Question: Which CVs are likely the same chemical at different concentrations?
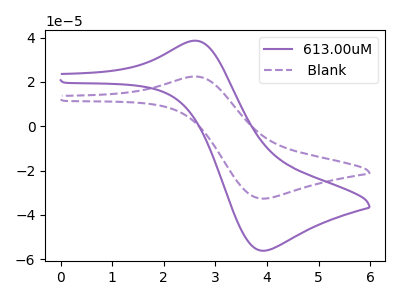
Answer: <think>The purple curve "613.00uM" has an anodic peak at (2.60V, 38.60uA) and a cathodic peak at (3.90V, -56.15uA). The purple dashed curve " Blank" has an anodic peak at (2.60V, 22.45uA) and a cathodic peak at (3.90V, -32.65uA).
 All the peaks in "613.00uM" have a peak in " Blank" at the same potential. Every peak in "613.00uM" is higher than every peak in " Blank".</think>
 <answer>"613.00uM" and " Blank" have the same shape and are likely CV's of the same chemical.</answer>
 <eval>"613.00uM" " Blank"</eval>